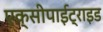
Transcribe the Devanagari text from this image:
एक्सीपाईट्राइड